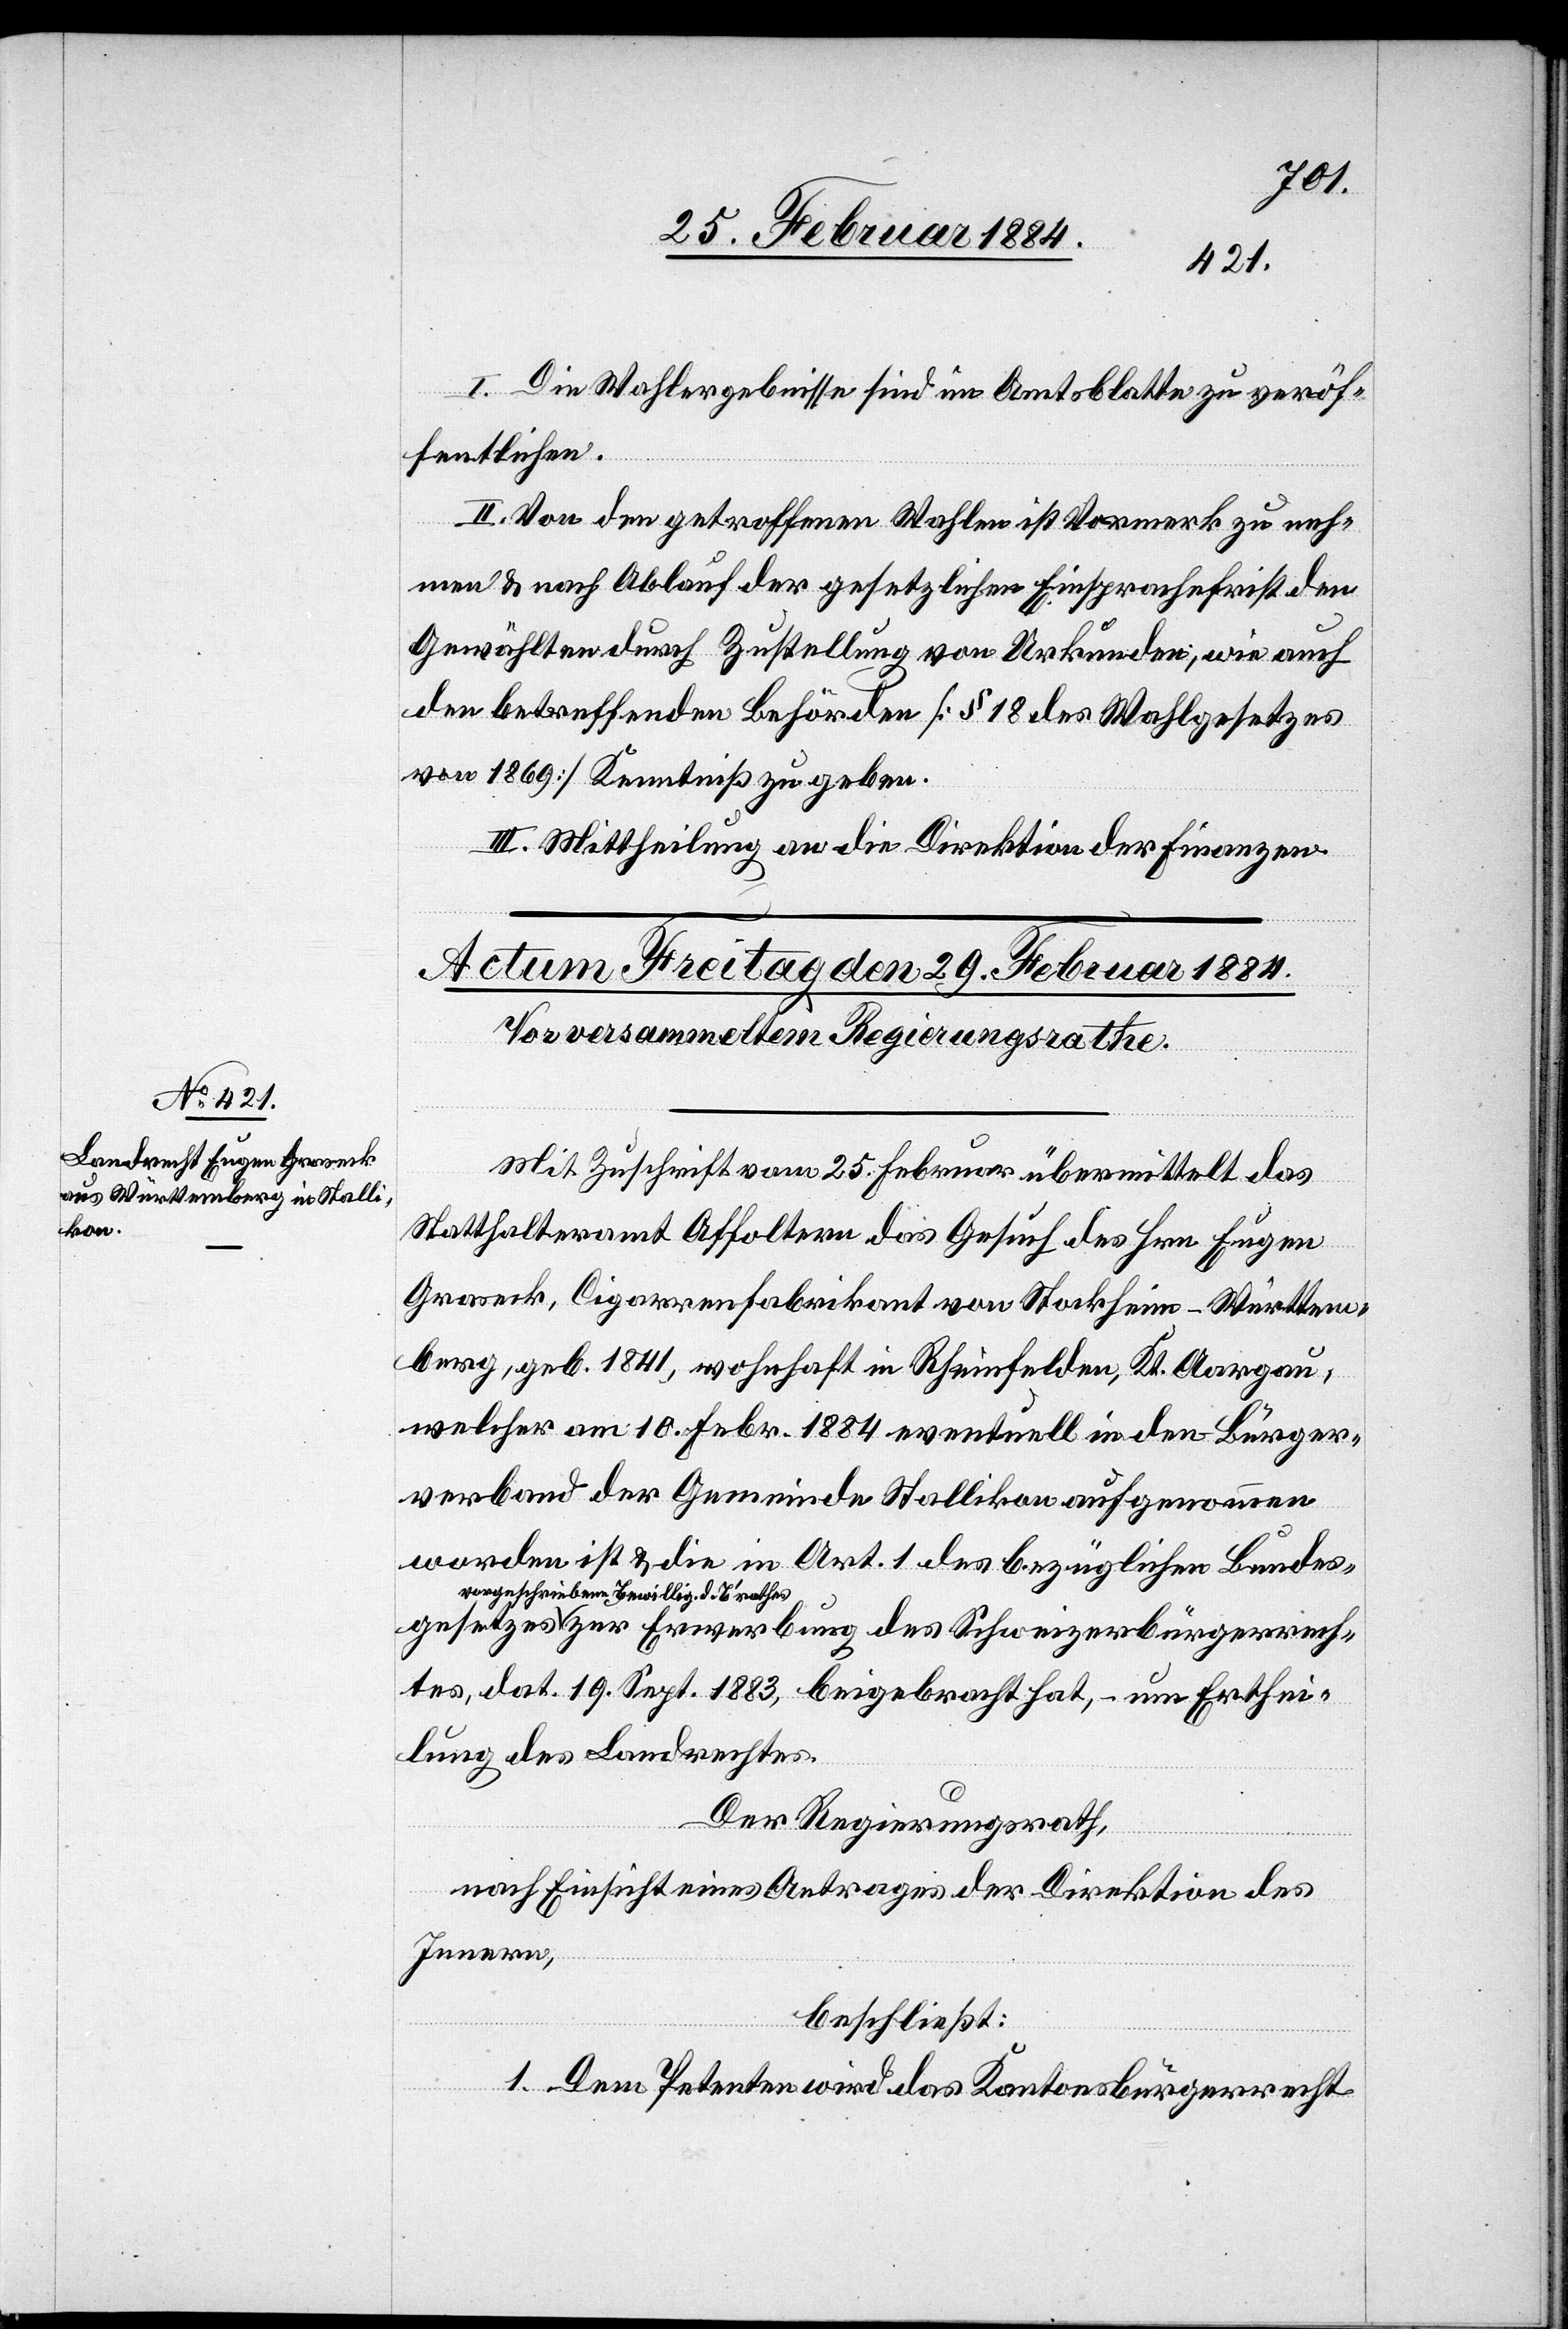
I. Die Wahlergebnisse sind im Amtsblatte zu veröf¬
rech¬
fentlichen.
II. Von den getroffenen Wahlen ist Vormerk zu neh¬
men & nach Ablauf der gesetzlichen Einsprachefrist den
Gewählten durch Zustellung von Urkunden, wie auch
den betreffenden Behörden [§ 18 des Wahlgesetzes
von 1869] Kenntniß zu geben.
III. Mittheilung an die Direktion der Finanzen.
Mit Zuschrift vom 25. Februar übermittelt das
Statthalteramt Affoltern das Gesuch des Hrn. Eugen
Graseck, Cigarrenfabrikant von Stockheim - Württem¬
berg, geb. 1841, wohnhaft in Rheinfelden, Kt. Aargau,
welcher am 10. Febr. 1884 eventuell in den Bürger¬
verband der Gemeinde Stallikon aufgenommen
worden ist & die in Art. 1 des bezüglichen Bundesg¬
vorgeschriebenen Bewillig. d. B’rathes
tes, dat. 19. Sept. 1883, beigebracht hat, – um Erthei¬
lung des Landrechtes.
Der Regierungsrath,
nach Einsicht eines Antrages der Direktion des
Innern,
beschließt:
1. Dem Petenten wird das Kantonsbürgerrecht

des